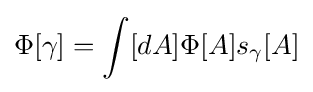
\Phi [\gamma ]=\int [dA]\Phi [A]s_{\gamma }[A]